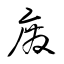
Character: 廃